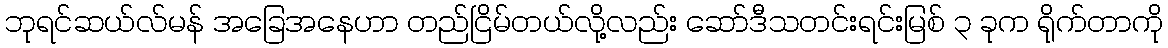
ဘုရင်ဆယ်လ်မန် အခြေအနေဟာ တည်ငြိမ်တယ်လို့လည်း ဆော်ဒီသတင်းရင်းမြစ် ၃ ခုက ရိုက်တာကို